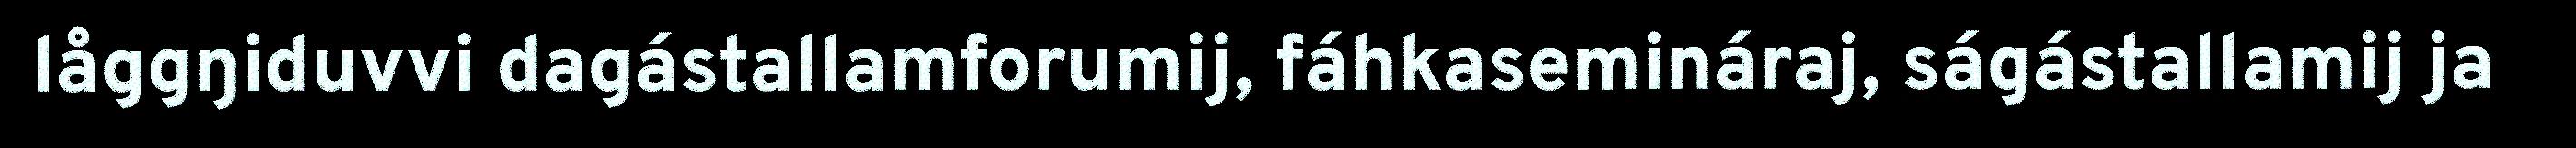
låggŋiduvvi dagástallamforumij, fáhkasemináraj, ságástallamij ja